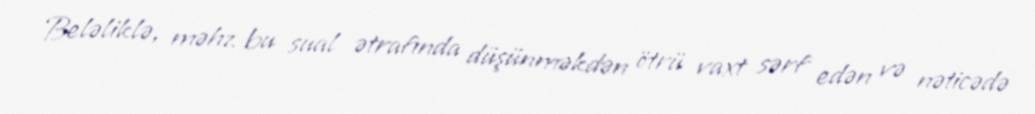
Beləliklə, məhz bu sual ətrafında düşünməkdən ötrü vaxt sərf edən və nəticədə